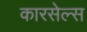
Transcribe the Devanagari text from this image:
कारसेल्स